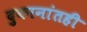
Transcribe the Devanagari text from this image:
दुकानांतही